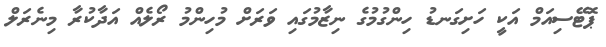
ޕޮޓޭސިއަމް އަކީ ހަށިގަނޑު ހިންގުމުގެ ނިޒާމުގައި ވަރަށް މުހިންމު ރޯލެއް އަދާކުރާ މިނެރަލް